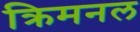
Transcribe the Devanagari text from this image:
क्रिमनल